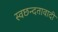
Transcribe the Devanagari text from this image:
स्वछन्दतावादी